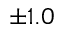
\pm 1 . 0